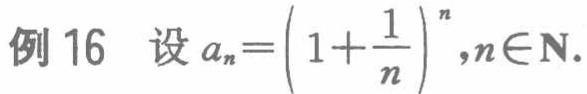
例 16  设 \(a_{n}=\left(1 + \frac{1}{n}\right)^{n},n\in\mathbf{N}\).